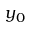
y _ { 0 }